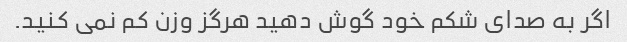
اگر به صدای شکم خود گوش دهید هرگز وزن کم نمی کنید.